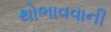
થોભાવવાની